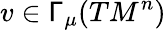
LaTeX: v\in\mathsf{\Gamma}_{\mu}(TM^{n})